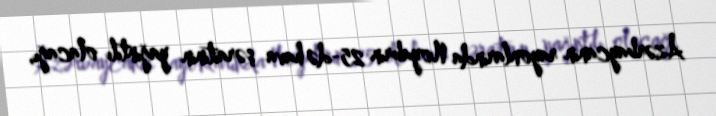
Azərbaycanın rayonlarında Noyabrın 25-də hava şəraitinin yağıntılı olacağı,